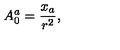
A _ { 0 } ^ { a } = \frac { x _ { a } } { r ^ { 2 } } ,